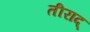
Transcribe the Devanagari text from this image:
तीराद्